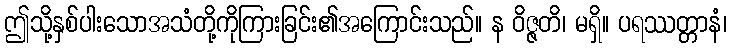
ဤသို့နှစ်ပါးသောအသံတို့ကိုကြားခြင်း၏အကြောင်းသည်။ န ဝိဇ္ဇတိ၊ မရှိ။ ပရဿတ္တာနံ၊